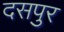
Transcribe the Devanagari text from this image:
दसपुर